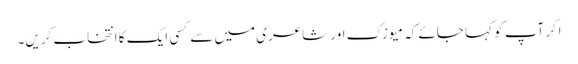
اگر آپ کو کہا جائے کہ میوزک اور شاعری میں سے کسی ایک کا انتخاب کریں۔